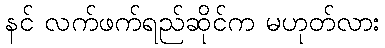
နင် လက်ဖက်ရည်ဆိုင်က မဟုတ်လား